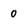
Character: 0